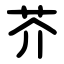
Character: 芥